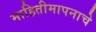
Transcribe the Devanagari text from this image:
माहितीमापनाचे